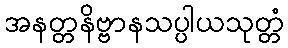
အနတ္တနိဗ္ဗာနသပ္ပါယသုတ္တံ